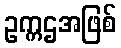
ဥက္ကဌအဖြစ်